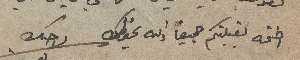
اختمه بقبلتكم جميعاً والله يحفظكِ    اخيك